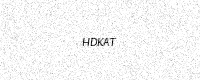
Text: HDKAT